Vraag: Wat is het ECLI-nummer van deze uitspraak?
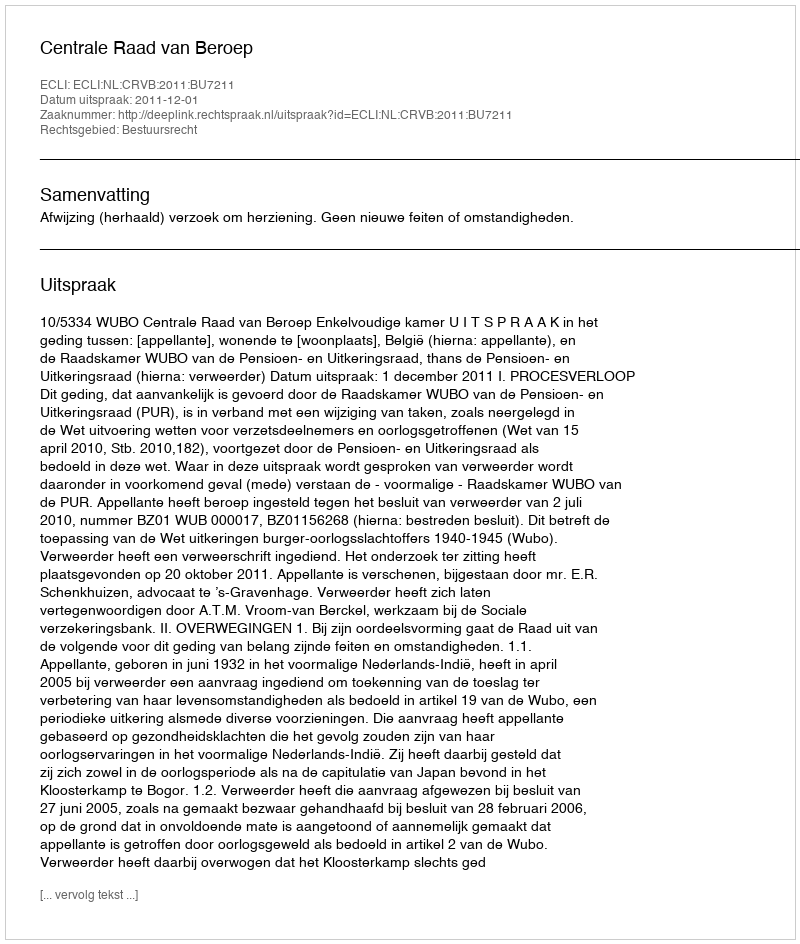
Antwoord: ECLI:NL:CRVB:2011:BU7211